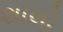
શાલો